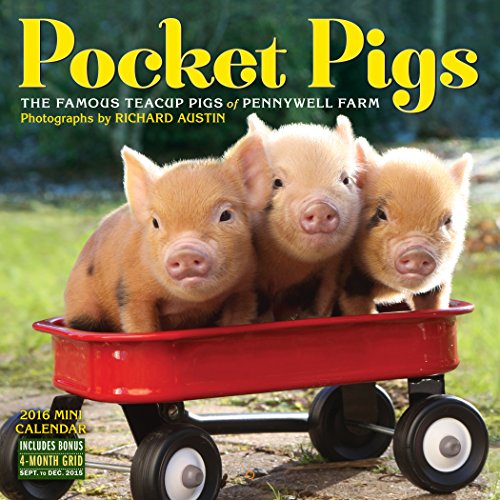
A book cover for Pocket Pigs Mini Wall Calendar 2016; Calendars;